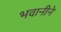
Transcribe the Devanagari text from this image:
भवानीने